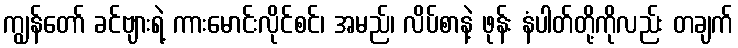
ကျွန်တော် ခင်ဗျားရဲ့ ကားမောင်းလိုင်စင်၊ အမည်၊ လိပ်စာနဲ့ ဖုန်း နံပါတ်တို့ကိုလည်း တချက်